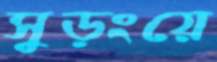
সুড়ংয়ে